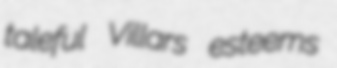
taleful Villars esteems